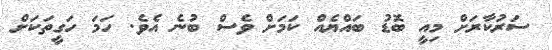
ސަރުކާރަށް މިއީ ބޮޑު ބައްޔެއް ކަމަށް ވެސް ބުނެ އެވެ. ހަމަ ހަގީތަކަށް